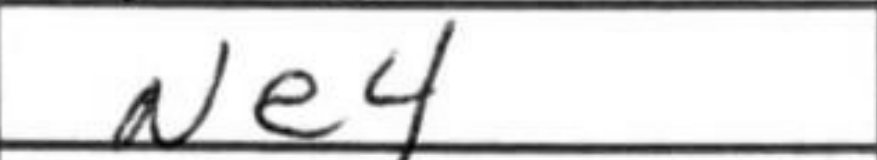
Transcription: Ne4